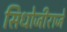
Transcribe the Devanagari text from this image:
सिधोजीराजे